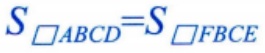
$S_{\square ABCD}=S_{\square FBCE}$